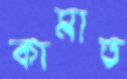
কামাত